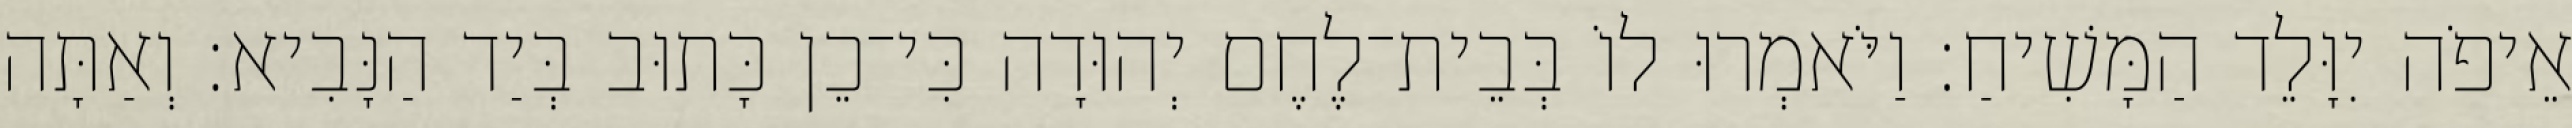
אֵיפֹה יִוָּלֵד הַמָּשִׁיחַ׃ וַיֹּאמְרוּ לוֹ בְּבֵית־לֶחֶם יְהוּדָה כִּי־כֵן כָּתוּב בְּיַד הַנָּבִיא׃ וְאַתָּה